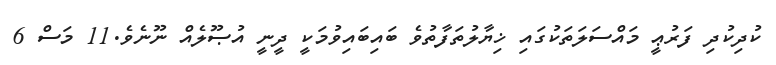
ކުދިކުދި ފަރުޢީ މައްސަލަތަކުގައި ޚިޔާލުތަފާތުވެ ބައިބައިވުމަކީ ދީނީ އުޞޫލެއް ނޫނެވެ.11 މަސް 6